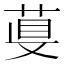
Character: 𦴁